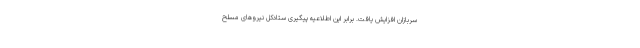
سربازان افزایش یافت. برابر این اطلاعیه پیگیری ستادکل نیروهای مسلح